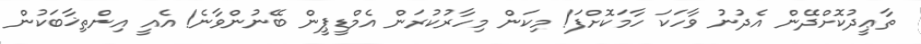
ތާޢީދުކޮށްދޭން އެދުނު ވާހަކަ ހާމަކޮށްފަ! މިކަން މިހާރުކުރަން އެމްޑީޕީން ބޭނުންވާނެ! އެއީ އިންތިޚާބަކުން